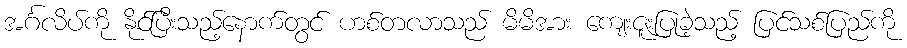
အင်္ဂလိပ်ကို နိုင်ပြီးသည့်နောက်တွင် ဟစ်တလာသည် မိမိအား ကျေးဇူးပြုခဲ့သည့် ပြင်သစ်ပြည်ကို